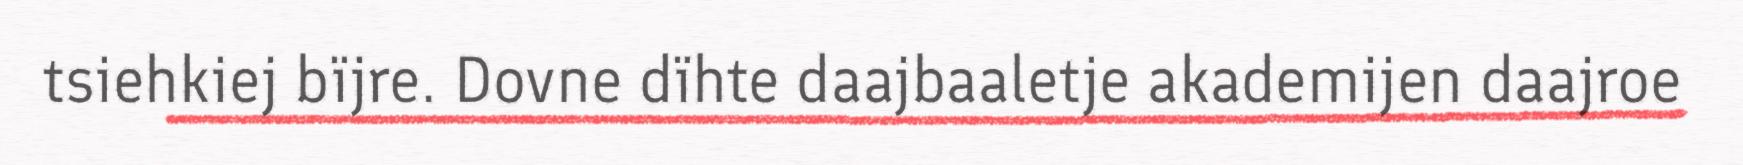
tsiehkiej bïjre. Dovne dïhte daajbaaletje akademijen daajroe